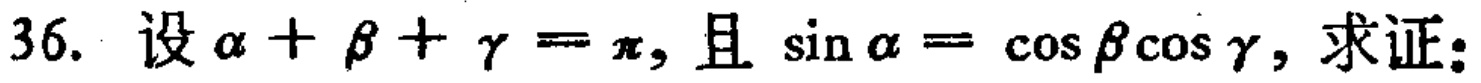
设\(\alpha + \beta + \gamma = \pi\)，且\(\sin\alpha = \cos\beta\cos\gamma\)，求证：